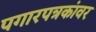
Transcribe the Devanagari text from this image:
पगारपत्रकांवर